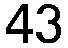
43